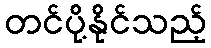
တင်ပို့နိုင်သည့်